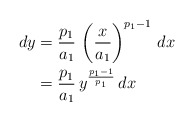
\begin{align*}dy & = \frac{p_1}{a_1} \, \left( \frac{x}{a_1} \right)^{p_1 - 1} \, dx \\ & = \frac{p_1}{a_1} \, y^{\frac{p_1 - 1}{p_1}} \, dx\end{align*}